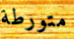
متورطة